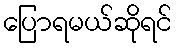
ပြောရမယ်ဆိုရင်